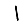
Digit: 1